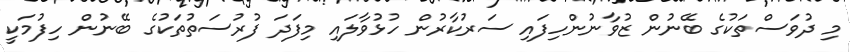
މި ދުވަސްތަކުގެ ބޭނުން ޒުވާނުންހިފައި ސަރުކާރުން ހުޅުވާލައި މިފަދަ ފުރުސަތުތަކުގެ ބޭނުން ހިފުމަކީ